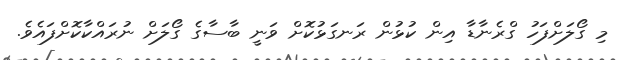
މި ގޯލަށްފަހު ގްރެނާޑާ އިން ކުޅުން ރަނގަޅުކޮށް ވަނީ ބާސާގެ ގޯލަށް ނުރައްކާކޮށްފައެވެ.